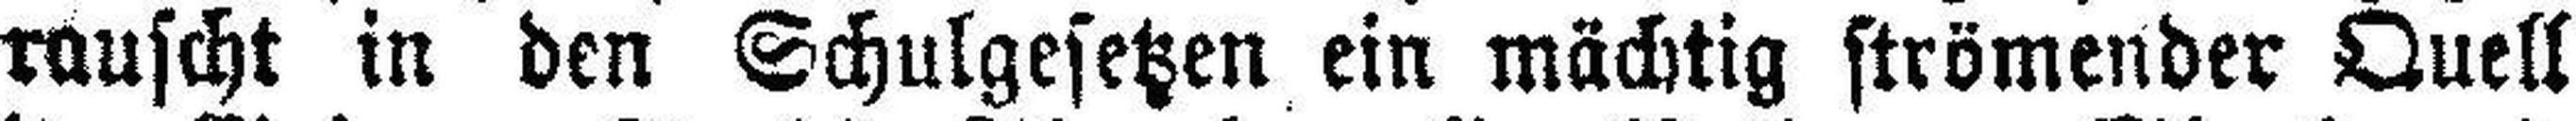
rauscht in den Schulgesetzen ein mächtig strömender Quell